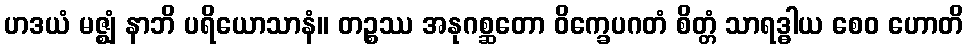
ဟဒယံ မဇ္ဈံ နာဘိ ပရိယောသာနံ။ တဉ္စဿ အနုဂစ္ဆတော ဝိက္ခေပဂတံ စိတ္တံ သာရဒ္ဓါယ စေဝ ဟောတိ